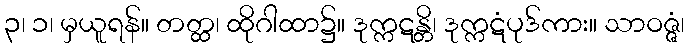
၃၊ ၁၊ မှယူရန်။ တတ္ထ၊ ထိုဂါထာ၌။ ဒုက္ကဋန္တိ၊ ဒုက္ကဋံပုဒ်ကား။ သာဝဇ္ဇံ၊